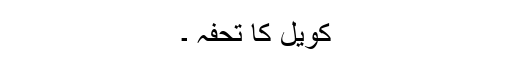
کویل کا تحفہ ۔